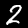
Digit: 2